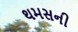
થમસની